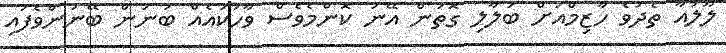
ލޫލުއާ ތެދުވެ ހާޒިމްއަށް ބަލާލި ގޮތުން އޭނަ ކޮންމެވެސް ވާހަކައެއް ބުނަން ބޭނުންވެފައި